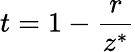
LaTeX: t=1-\frac{r}{z^{*}}